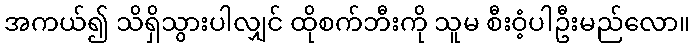
အကယ်၍ သိရှိသွားပါလျှင် ထိုစက်ဘီးကို သူမ စီးဝံ့ပါဦးမည်လော။